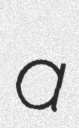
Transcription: a